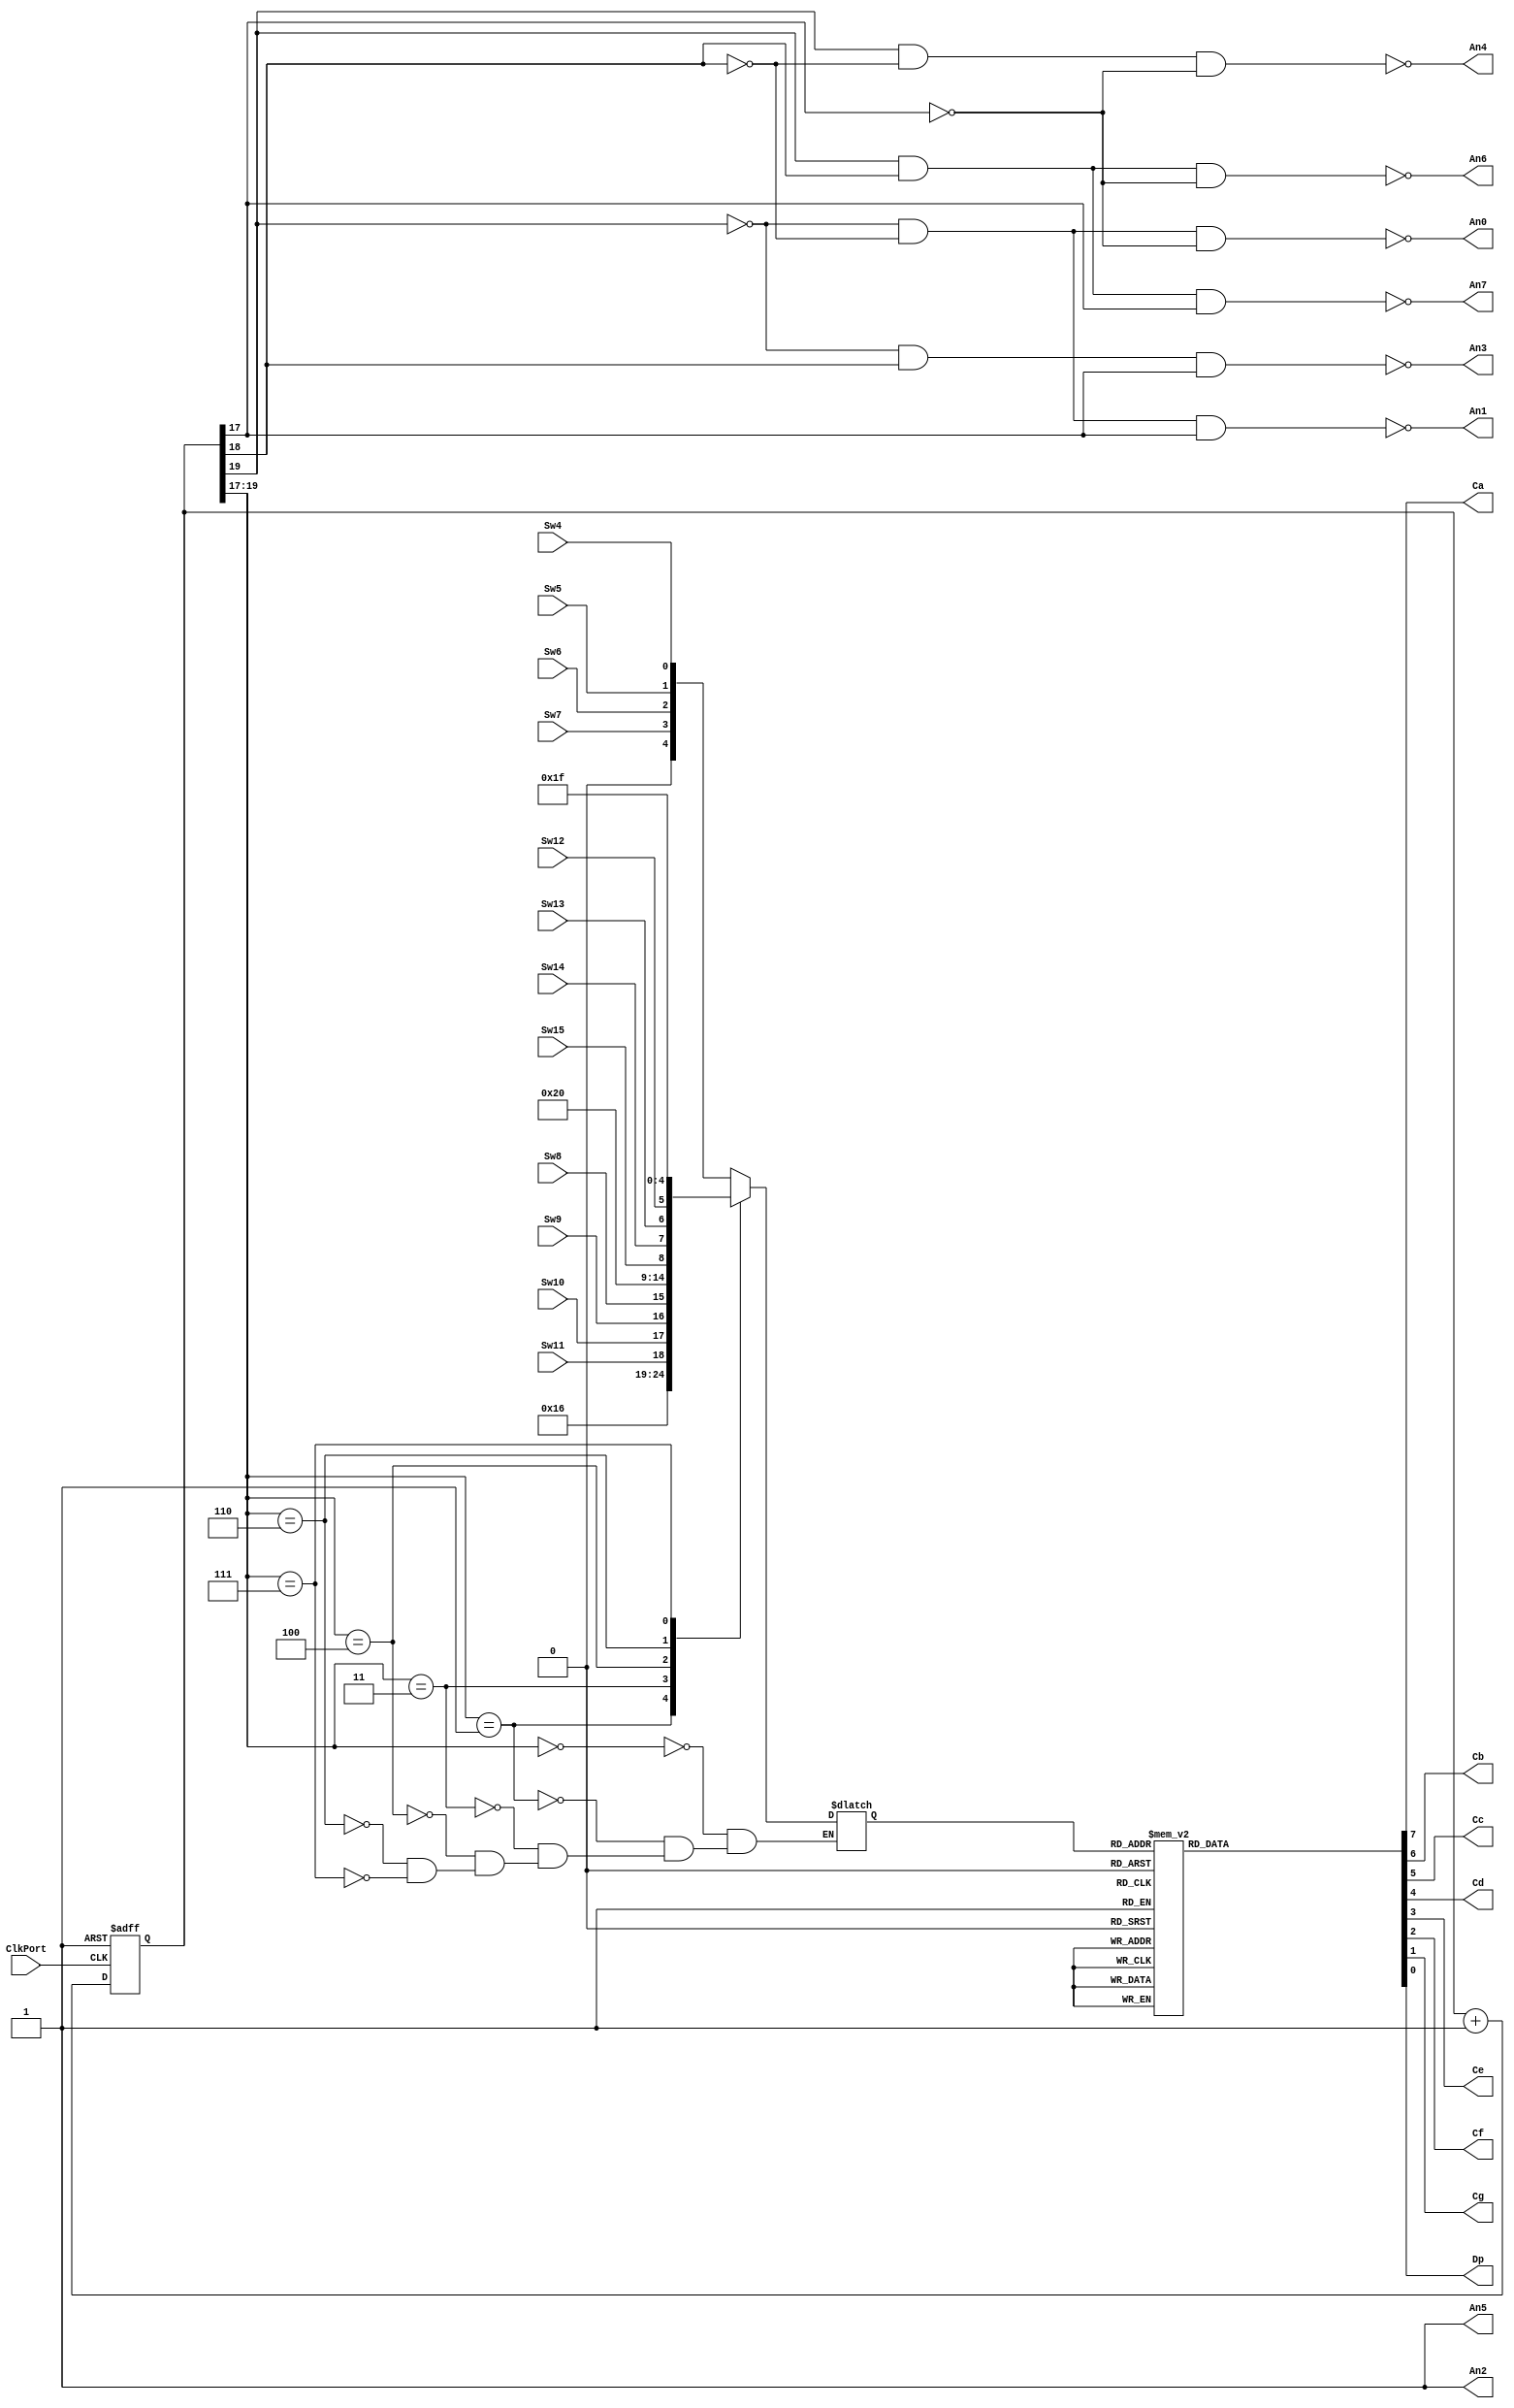
module vga_color_display(
	//input rgb,
	input Sw15, Sw14, Sw13, Sw12, Sw11, Sw10, Sw9, Sw8, Sw7, Sw6, Sw5, Sw4,
	input ClkPort,
	//SSD signal
	output An0, An1, An2, An3, An4, An5, An6, An7,
	output Ca, Cb, Cc, Cd, Ce, Cf, Cg, Dp
	);
	
	reg [4:0]	SSD;
	wire [4:0]	SSD7, SSD6, SSD4, SSD3, SSD1, SSD0;
	reg [7:0]  	SSD_CATHODES;
	wire [2:0] 	ssdscan_clk;
	wire Reset;
	
	wire [11:0] rgb;
	reg [11:0] RGB_IN;
	assign rgb = RGB_IN;
	
	always@ (*) begin	
		RGB_IN = {Sw15, Sw14, Sw13, Sw12, Sw11, Sw10, Sw9, Sw8, Sw7, Sw6, Sw5, Sw4};
	end
	
	reg [27:0]	DIV_CLK;
	always @ (posedge ClkPort, posedge Reset)  
	begin : CLOCK_DIVIDER
      if (Reset)
			DIV_CLK <= 0;
	  else
			DIV_CLK <= DIV_CLK + 1'b1;
	end
	
	// need a scan clk for the seven segment display 
	
	// 100 MHz / 2^18 = 381.5 cycles/sec ==> frequency of DIV_CLK[17]
	// 100 MHz / 2^19 = 190.7 cycles/sec ==> frequency of DIV_CLK[18]
	// 100 MHz / 2^20 =  95.4 cycles/sec ==> frequency of DIV_CLK[19]
	
	// 381.5 cycles/sec (2.62 ms per digit) [which means all 4 digits are lit once every 10.5 ms (reciprocal of 95.4 cycles/sec)] works well.
	
	//                  --|  |--|  |--|  |--|  |--|  |--|  |--|  |--|  |   
    //                    |  |  |  |  |  |  |  |  |  |  |  |  |  |  |  | 
	//  DIV_CLK[17]       |__|  |__|  |__|  |__|  |__|  |__|  |__|  |__|
	//
	//               -----|     |-----|     |-----|     |-----|     |
    //                    |  0  |  1  |  0  |  1  |     |     |     |     
	//  DIV_CLK[18]       |_____|     |_____|     |_____|     |_____|
	//
	//         -----------|           |-----------|           |
    //                    |  0     0  |  1     1  |           |           
	//  DIV_CLK[19]       |___________|           |___________|
	//

	assign ssdscan_clk = DIV_CLK[19:17];
	assign An0	=  !(~(ssdscan_clk[2]) && ~(ssdscan_clk[1]) && ~(ssdscan_clk[0]));  // when ssdscan_clk = 000
	assign An1	=  !(~(ssdscan_clk[2]) && ~(ssdscan_clk[1]) &&  (ssdscan_clk[0]));  // when ssdscan_clk = 001
	assign An3	=  !(~(ssdscan_clk[2]) &&  (ssdscan_clk[1]) &&  (ssdscan_clk[0]));  // when ssdscan_clk = 011
	assign An4	=  !( (ssdscan_clk[2]) && ~(ssdscan_clk[1]) && ~(ssdscan_clk[0]));  // when ssdscan_clk = 100
	assign An6	=  !( (ssdscan_clk[2]) &&  (ssdscan_clk[1]) && ~(ssdscan_clk[0]));  // when ssdscan_clk = 110
	assign An7	=  !( (ssdscan_clk[2]) &&  (ssdscan_clk[1]) &&  (ssdscan_clk[0]));  // when ssdscan_clk = 111
	// Turn off other 2 anodes
	assign {An2,An5} = 2'b11;
	
	always @ (ssdscan_clk, SSD0, SSD1, SSD3, SSD4, SSD6, SSD7)
	begin : SSD_SCAN_OUT
		case (ssdscan_clk) 
				  3'b000: SSD = SSD0;
				  3'b001: SSD = SSD1;
				  3'b011: SSD = SSD3;
				  3'b100: SSD = SSD4;
				  3'b110: SSD = SSD6;
				  3'b111: SSD = SSD7;
		endcase 
	end
	
	//SSDs display 
	//to show how we can interface our "game" module with the SSD's, we output the 12-bit rgb background value to the SSD's
	assign SSD7 = 5'b11111; //encoding for r
	assign SSD6 = rgb[11:8];
	assign SSD4 = 5'b10000; //encoding for G
	assign SSD3 = rgb[7:4];
	assign SSD1 = 5'b01011; //encoding for B
	assign SSD0 = rgb[3:0];
	
	// Following is Hex-to-SSD conversion
	always @ (SSD) 
	begin : HEX_TO_SSD
		case (SSD) // in this solution file the dot points are turned off by making Dp = 1
		    //                                                                abcdefg,Dp
			5'b00000: SSD_CATHODES = 8'b00000011; // 0
			5'b00001: SSD_CATHODES = 8'b10011111; // 1
			5'b00010: SSD_CATHODES = 8'b00100101; // 2
			5'b00011: SSD_CATHODES = 8'b00001101; // 3
			5'b00100: SSD_CATHODES = 8'b10011001; // 4
			5'b00101: SSD_CATHODES = 8'b01001001; // 5
			5'b00110: SSD_CATHODES = 8'b01000001; // 6
			5'b00111: SSD_CATHODES = 8'b00011111; // 7
			5'b01000: SSD_CATHODES = 8'b00000001; // 8
			5'b01001: SSD_CATHODES = 8'b00001001; // 9
			5'b01010: SSD_CATHODES = 8'b00010001; // A
			5'b01011: SSD_CATHODES = 8'b11000001; // B
			5'b01100: SSD_CATHODES = 8'b01100011; // C
			5'b01101: SSD_CATHODES = 8'b10000101; // D
			5'b01110: SSD_CATHODES = 8'b01100001; // E
			5'b01111: SSD_CATHODES = 8'b01110001; // F
			5'b11111: SSD_CATHODES = 8'b11110101; // r
			5'b10000: SSD_CATHODES = 8'b01000011; // G
			default: SSD_CATHODES = 8'bXXXXXXXX; // default is not needed as we covered all cases
		endcase
	end	
	
	// reg [7:0]  SSD_CATHODES;
	assign {Ca, Cb, Cc, Cd, Ce, Cf, Cg, Dp} = {SSD_CATHODES};
	
endmodule